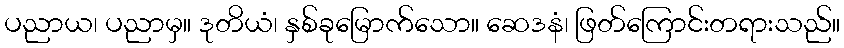
ပညာယ၊ ပညာမှ။ ဒုတိယံ၊ နှစ်ခုမြောက်သော။ ဆေဒနံ၊ ဖြတ်ကြောင်းတရားသည်။